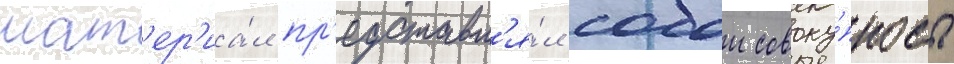
мат'ер'иа́л пр'едставл'я́л собои совоку́пность